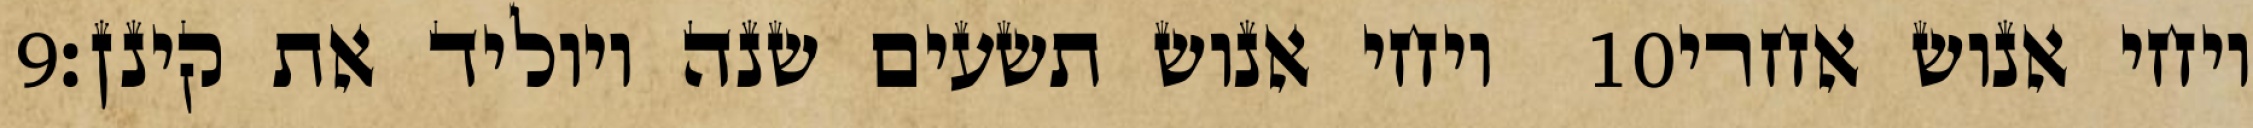
‎9‏ ויחי אנוש תשעים שנה ויוליד את קינן׃ ‎10‏ ויחי אנוש אחרי